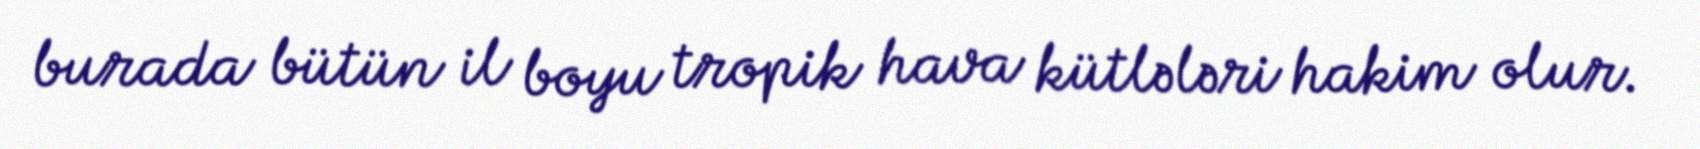
burada bütün il boyu tropik hava kütlələri hakim olur.